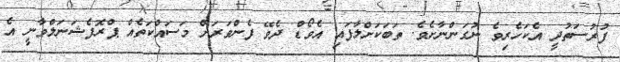
ފުރުސަތުދީ އެކަހެރިވެ ނުގަންނާށެވެ. ތަބަކަށްލާފައި އެވޯޑް ދެވޭ ފެންވަރަށް މަސައްކަތެއް ޕްރޮފެޝަނަލްވާނީ އެ